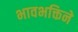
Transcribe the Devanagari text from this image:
भावभक्तिने